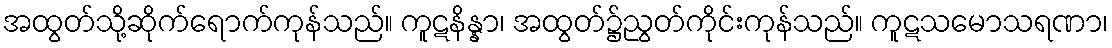
အထွတ်သို့ဆိုက်ရောက်ကုန်သည်။ ကူဋနိန္နာ၊ အထွတ်၌ညွတ်ကိုင်းကုန်သည်။ ကူဋသမောသရဏာ၊